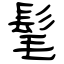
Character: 髦